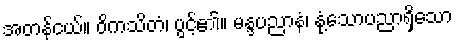
အတန်ငယ်။ ဝိကသိတံ၊ ပွင့်၏။ မန္ဒပညာနံ၊ နုံ့သောပညာရှိသော